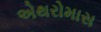
એથરોમાસ